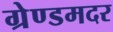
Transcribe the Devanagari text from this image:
ग्रेण्डमदर